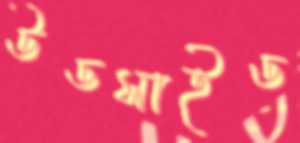
উডসাইড